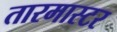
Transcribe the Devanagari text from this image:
तारमास्टर